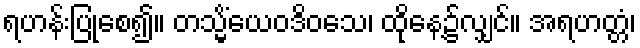
ရဟန်းပြုစေ၍။ တသ္မိံယေဝဒိဝသေ၊ ထိုနေ့၌လျှင်။ အရဟတ္တံ၊